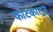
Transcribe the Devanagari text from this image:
फाटकातून